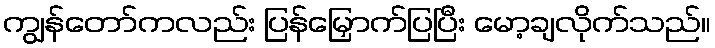
ကျွန်တော်ကလည်း ပြန်မြှောက်ပြပြီး မော့ချလိုက်သည်။